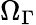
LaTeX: \Omega_{\Gamma}